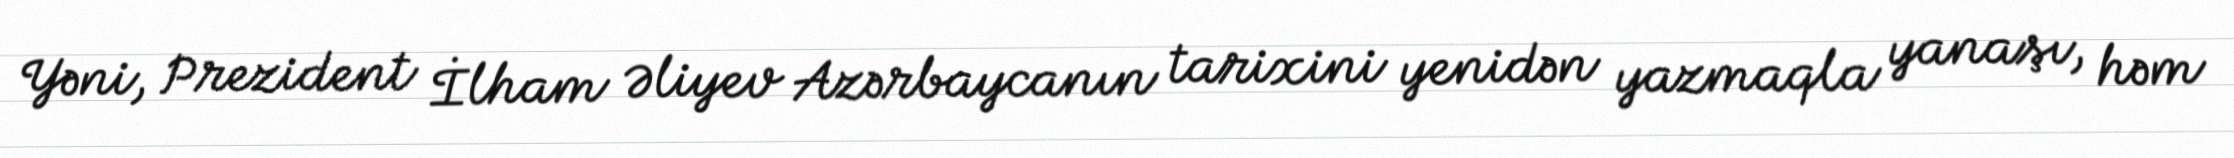
Yəni, Prezident İlham Əliyev Azərbaycanın tarixini yenidən yazmaqla yanaşı, həm